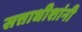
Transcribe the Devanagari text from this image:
सत्ताधीशांनी